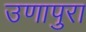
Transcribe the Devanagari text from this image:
उणापुरा